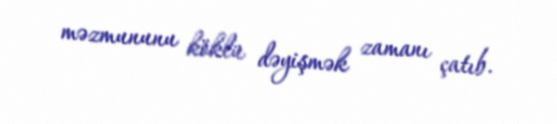
məzmununu köklü dəyişmək zamanı çatıb.